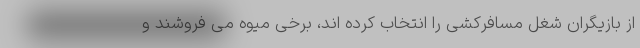
از بازیگران شغل مسافرکشی را انتخاب کرده اند، برخی میوه می فروشند و